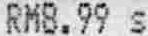
RM8.99 S